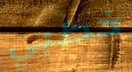
خطبي